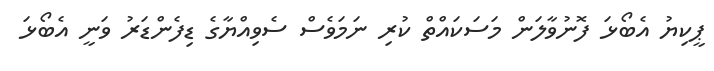
ޕީކިޔު އެބޯޅަ ފޮނުވާލަން މަސަކައްތް ކުރި ނަމަވެސް ސެވިއްޔާގެ ޑިފެންޑަރު ވަނީ އެބޯޅަ